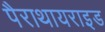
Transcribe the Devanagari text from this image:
पैराथायराइड